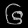
Digit: ၆